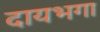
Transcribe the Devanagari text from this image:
दायभगा